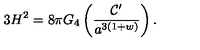
3 H ^ { 2 } = 8 \pi G _ { 4 } \left( \frac { { \cal C } ^ { \prime } } { a ^ { 3 ( 1 + w ) } } \right) .